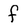
Character: f